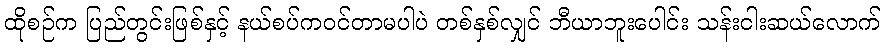
ထိုစဉ်က ပြည်တွင်းဖြစ်နှင့် နယ်စပ်ကဝင်တာမပါပဲ တစ်နှစ်လျှင် ဘီယာဘူးပေါင်း သန်းငါးဆယ်လောက်